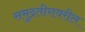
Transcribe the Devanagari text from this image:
समुद्रतीरावरील